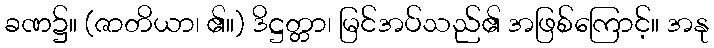
ခဏ၌။ (ဇာတိယာ၊ ၏။) ဒိဋ္ဌတ္တာ၊ မြင်အပ်သည်၏ အဖြစ်ကြောင့်။ အနု